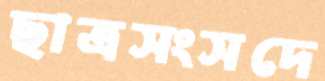
ছাত্রসংসদে